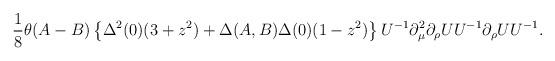
LaTeX: \begin{align*}\frac18 \theta(A - B)\left\{\Delta^2 (0) (3+z^2) + \Delta(A,B) \Delta (0) (1-z^2)\right\} U^{-1} \partial^2_\mu \partial_{\rho} U U^{-1} \partial_{\rho} U U^{-1}.\end{align*}